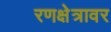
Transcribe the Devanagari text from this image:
रणक्षेत्रावर